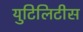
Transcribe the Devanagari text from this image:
युटिलिटीस